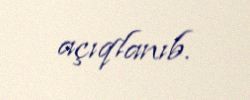
açıqlanıb.